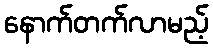
နောက်တက်လာမည့်